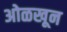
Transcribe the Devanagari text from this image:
अोळखून